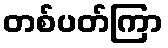
တစ်ပတ်ကြာ